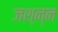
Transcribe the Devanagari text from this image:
जश्न्न